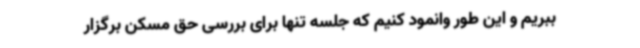
ببریم و این طور وانمود کنیم که جلسه تنها برای بررسی حق مسکن برگزار